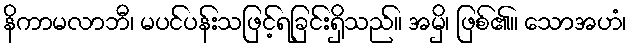
နိကာမလာဘီ၊ မပင်ပန်းသဖြင့်ရခြင်းရှိသည်။ အမှိ၊ ဖြစ်၏။ သောအဟံ၊